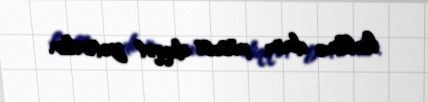
həllinə daim xüsusi diqqət yetirilir.